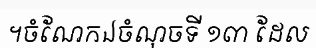
។ចំណែកឯចំណុចទី ១៣ ដែល